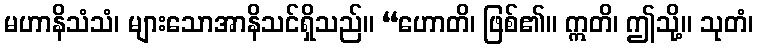
မဟာနိသံသံ၊ များသောအာနိသင်ရှိသည်။ “ဟောတိ၊ ဖြစ်၏။ ဣတိ၊ ဤသို့။ သုတံ၊